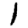
Digit: 1